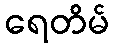
ရေတိမ်